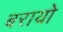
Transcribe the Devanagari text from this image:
बरायो